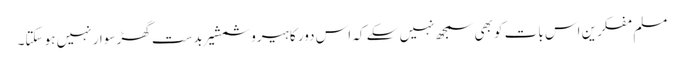
مسلم مفکرین اس بات کو بھی سمجھ نہیں سکے کہ اس دور کا ہیرو شمشیر بدست گھڑ سوار نہیں ہو سکتا۔